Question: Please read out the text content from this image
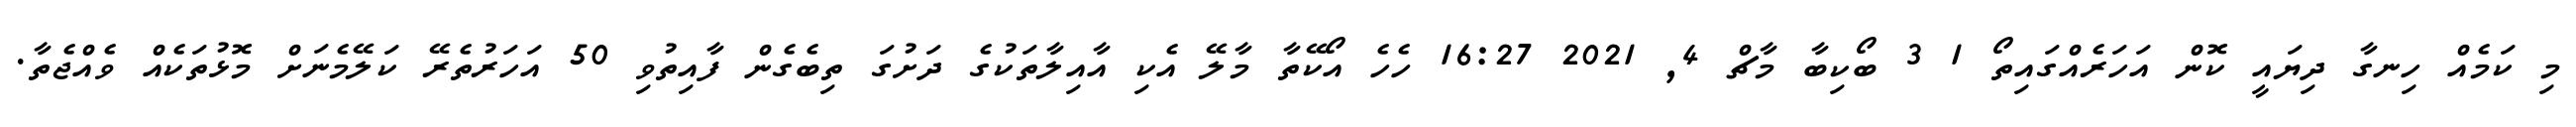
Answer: މި ކަމެއް ހިނގާ ދިޔައީ ކޮން އަހަރެއްގައިތޯ 1 3 ބޯކިބާ މާޗް 4, 2021 16:27 ހެހެ އޯކޭތާ މާލޭ އެކި އާއިލާތަކުގެ ދަށުގަ ތިބެގެން ފާއިތުވި 50 އަހަރުތެރޭ ކަލޭމެނަށް މޮޅުތަކެއް ވެއްޖެތާ.